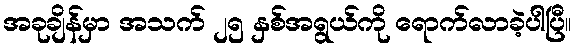
အခုချိန်မှာ အသက် ၂၅ နှစ်အရွယ်ကို ရောက်လာခဲ့ပါပြီ။